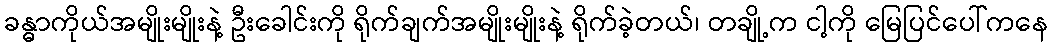
ခန္ဓာကိုယ်အမျိုးမျိုးနဲ့ ဦးခေါင်းကို ရိုက်ချက်အမျိုးမျိုးနဲ့ ရိုက်ခဲ့တယ်၊ တချို့က ငါ့ကို မြေပြင်ပေါ်ကနေ